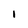
Character: l